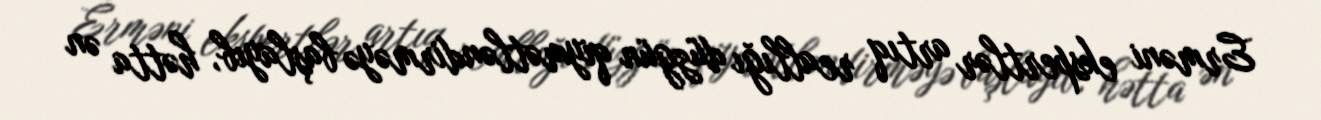
Erməni ekspertlər artıq reallığı düzgün qiymətləndirməyə başlayıb, hətta ən